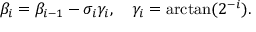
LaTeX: \beta _ { i } = \beta _ { i - 1 } - \sigma _ { i } \gamma _ { i } , \quad \gamma _ { i } = \arctan ( 2 ^ { - i } ) .